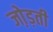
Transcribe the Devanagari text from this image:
जो़ड़ती